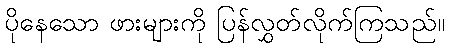
ပိုနေသော ဖားများကို ပြန်လွှတ်လိုက်ကြသည်။